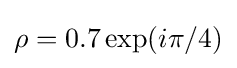
\rho =0.7\exp(i\pi /4)